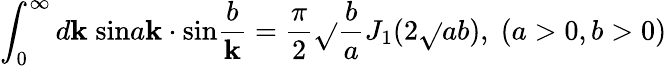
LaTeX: \int_{0}^{\infty}d\mathbf{k}\; \mathrm{{sin}}a\mathbf{k}\cdot\mathrm{{sin}}\frac{{b}}{{\mathbf{k}}}=\frac{{\pi}}{{2}}\sqrt{}{{\frac{{b}}{{a}}}}J_{1}(2\sqrt{}{{ab}}),\; (a>0,b>0)